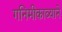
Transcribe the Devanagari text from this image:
गनिमीकाव्याने